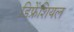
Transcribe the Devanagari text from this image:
डिफ्रेंशियल